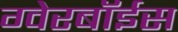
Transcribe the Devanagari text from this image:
ग्‍वेरबॉईस